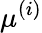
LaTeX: \mu^{(i)}